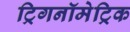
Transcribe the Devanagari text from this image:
ट्रिगनॉमेट्रिक